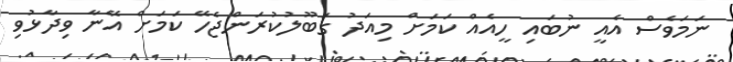
ނަމަވެސް އެއީ ނުބައި ހީއެއް ކަމަށް މިއަދު ގަބޫލުކުރަންޖެހޭ ކަމަށް އޭނާ ވިދާޅުވި